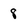
Character: 8